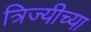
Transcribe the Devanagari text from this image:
त्रिज्यीच्या